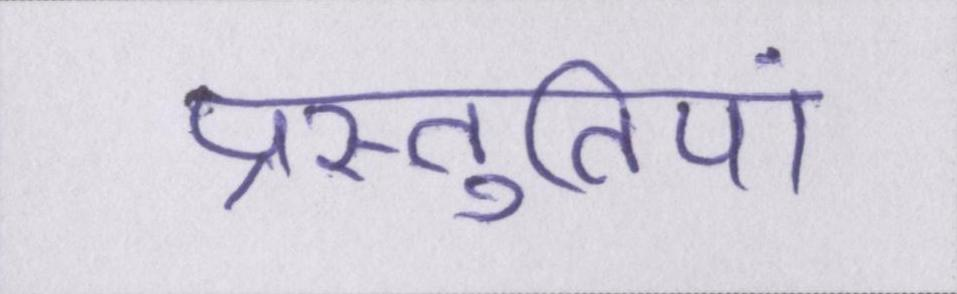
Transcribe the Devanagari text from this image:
प्रस्तुतियां